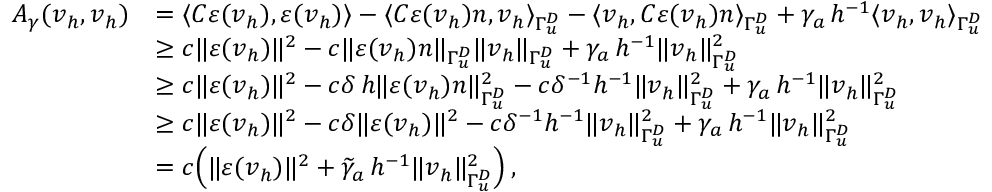
\begin{array} { r l } { A _ { \gamma } ( \boldsymbol v _ { h } , \boldsymbol v _ { h } ) } & { = \langle \boldsymbol C \boldsymbol \varepsilon ( \boldsymbol v _ { h } ) , \boldsymbol \varepsilon ( \boldsymbol v _ { h } ) \rangle - \langle \boldsymbol C \boldsymbol \varepsilon ( \boldsymbol v _ { h } ) \boldsymbol n , \boldsymbol v _ { h } \rangle _ { \Gamma _ { \boldsymbol u } ^ { D } } - \langle \boldsymbol v _ { h } , \boldsymbol C \boldsymbol \varepsilon ( \boldsymbol v _ { h } ) \boldsymbol n \rangle _ { \Gamma _ { \boldsymbol u } ^ { D } } + \gamma _ { a } \, h ^ { - 1 } \langle \boldsymbol v _ { h } , \boldsymbol v _ { h } \rangle _ { \Gamma _ { \boldsymbol u } ^ { D } } } \\ & { \geq c \| \boldsymbol \varepsilon ( \boldsymbol v _ { h } ) \| ^ { 2 } - c \| \boldsymbol \varepsilon ( \boldsymbol v _ { h } ) \boldsymbol n \| _ { \Gamma _ { \boldsymbol u } ^ { D } } \| \boldsymbol v _ { h } \| _ { \Gamma _ { \boldsymbol u } ^ { D } } + \gamma _ { a } \, h ^ { - 1 } \| \boldsymbol v _ { h } \| _ { \Gamma _ { \boldsymbol u } ^ { D } } ^ { 2 } } \\ & { \geq c \| \boldsymbol \varepsilon ( \boldsymbol v _ { h } ) \| ^ { 2 } - c \delta \, h \| \boldsymbol \varepsilon ( \boldsymbol v _ { h } ) \boldsymbol n \| _ { \Gamma _ { \boldsymbol u } ^ { D } } ^ { 2 } - c \delta ^ { - 1 } h ^ { - 1 } \| \boldsymbol v _ { h } \| _ { \Gamma _ { \boldsymbol u } ^ { D } } ^ { 2 } + \gamma _ { a } \, h ^ { - 1 } \| \boldsymbol v _ { h } \| _ { \Gamma _ { \boldsymbol u } ^ { D } } ^ { 2 } } \\ & { \geq c \| \boldsymbol \varepsilon ( \boldsymbol v _ { h } ) \| ^ { 2 } - c \delta \| \boldsymbol \varepsilon ( \boldsymbol v _ { h } ) \| ^ { 2 } - c \delta ^ { - 1 } h ^ { - 1 } \| \boldsymbol v _ { h } \| _ { \Gamma _ { \boldsymbol u } ^ { D } } ^ { 2 } + \gamma _ { a } \, h ^ { - 1 } \| \boldsymbol v _ { h } \| _ { \Gamma _ { \boldsymbol u } ^ { D } } ^ { 2 } } \\ & { = c \Big ( \| \boldsymbol \varepsilon ( \boldsymbol v _ { h } ) \| ^ { 2 } + \widetilde \gamma _ { a } \, h ^ { - 1 } \| \boldsymbol v _ { h } \| _ { \Gamma _ { \boldsymbol u } ^ { D } } ^ { 2 } \Big ) \, , } \end{array}